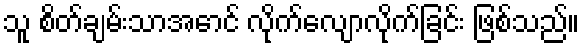
သူ စိတ်ချမ်းသာအောင် လိုက်လျောလိုက်ခြင်း ဖြစ်သည်။